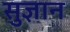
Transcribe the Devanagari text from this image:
सुज्ञान